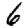
Digit: 6